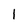
Character: 1